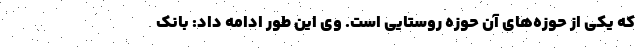
که یکی از حوزه‌های آن حوزه روستایی است. وی این طور ادامه داد: بانک